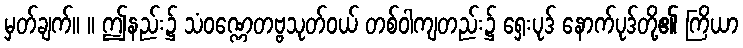
မှတ်ချက်။ ။ ဤနည်း၌ သံဝဏ္ဏေတဗ္ဗသုတ်ဝယ် တစ်ဝါကျတည်း၌ ရှေးပုဒ် နောက်ပုဒ်တို့၏ ကြိယာ